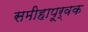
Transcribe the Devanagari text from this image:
समीहापूर्वक